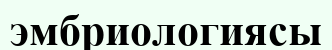
эмбриологиясы